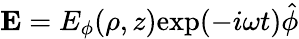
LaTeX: \textbf{E}=E_{\phi}(\rho,z)\textrm{exp}(-i\omega t)\hat{\phi}